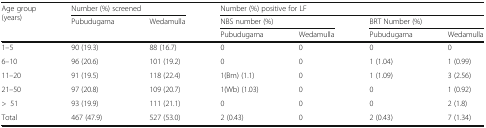
| <ROWSPAN=3> Age group (years) | <COLSPAN=2> Number (%) screened | <COLSPAN=4> Number (%) positive for LF |
 | <ROWSPAN=2> Pubudugama | <ROWSPAN=2> Wedamulla | <COLSPAN=2> NBS number (%) | <COLSPAN=2> BRT Number (%) |
 | Pubudugama | Wedamulla | Pubudugama | Wedamulla |
 | --- | --- | --- | --- | --- | --- | --- |
 | 1–5 | 90 (19.3) | 88 (16.7) | 0 | 0 | 0 | 0 |
 | 6–10 | 96 (20.6) | 101 (19.2) | 0 | 0 | 1 (1.04) | 1 (0.99) |
 | 11–20 | 91 (19.5) | 118 (22.4) | 1(Bm) (1.1) | 0 | 1 (1.09) | 3 (2.56) |
 | 21–50 | 97 (20.8) | 109 (20.7) | 1(Wb) (1.03) | 0 | 0 | 1 (0.92) |
 | >51 | 93 (19.9) | 111 (21.1) | 0 | 0 | 0 | 2 (1.8) |
 | Total | 467 (47.9) | 527 (53.0) | 2 (0.43) | 0 | 2 (0.43) | 7 (1.34) |